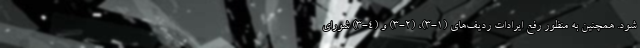
شود. همچنین به منظور رفع ایرادات ردیف‌های (۱-۳)، (۲-۳) و (۴-۳) شورای